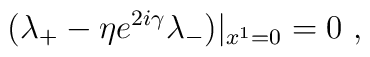
(\lambda_+-\eta e^{2i\gamma}\lambda_-)|_{x^1=0}=0\ ,